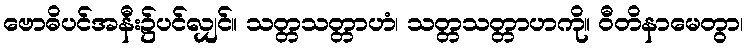
ဗောဓိပင်အနီး၌ပင်လျှင်။ သတ္တသတ္တာဟံ၊ သတ္တသတ္တာဟကို။ ဝီတိနာမေတွာ၊